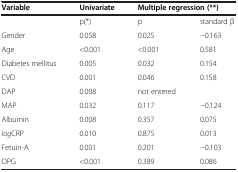
<table><thead><tr><td><b>Variable</b></td><td><b>Univariate</b></td><td colspan="2"><b>Multiple regression (**)</b></td></tr></thead><tbody><tr><td> </td><td>p(*)</td><td>p</td><td>standard β</td></tr><tr><td>Gender</td><td>0.058</td><td>0.025</td><td>−0.163</td></tr><tr><td>Age</td><td>&lt;0.001</td><td>&lt;0.001</td><td>0.581</td></tr><tr><td>Diabetes mellitus</td><td>0.005</td><td>0.032</td><td>0.154</td></tr><tr><td>CVD</td><td>0.001</td><td>0.046</td><td>0.158</td></tr><tr><td>DAP</td><td>0.008</td><td>not entered</td><td> </td></tr><tr><td>MAP</td><td>0.032</td><td>0.117</td><td>−0.124</td></tr><tr><td>Albumin</td><td>0.008</td><td>0.357</td><td>0.075</td></tr><tr><td><i>log</i>CRP</td><td>0.010</td><td>0.875</td><td>0.013</td></tr><tr><td>Fetuin-A</td><td>0.001</td><td>0.201</td><td>−0.103</td></tr><tr><td>OPG</td><td>&lt;0.001</td><td>0.389</td><td>0.086</td></tr></tbody></table>